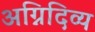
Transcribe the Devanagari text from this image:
अग्निदिव्य